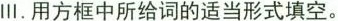
Ⅲ. 用方框中所给词的适当形式填空.